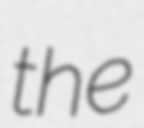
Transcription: the